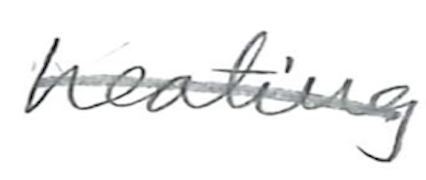
Text: heating
Cross-out: single-line
Writing tool: pencil